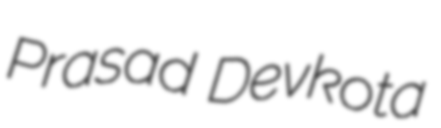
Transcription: Prasad Devkota